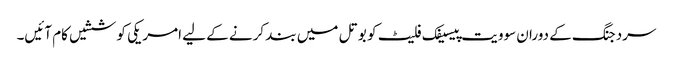
سردجنگ کے دوران سوویت پیسیفک فلیٹ کو بوتل میں بند کرنے کے لیے امریکی کوششیں کام آئیں۔